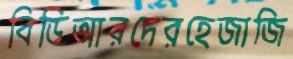
বিডিআরদেরহেজাজি